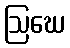
ဩဃေ